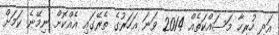
އަދި ހުރިހާ މަސައްކަތެއް 2014 ވަނަ އަހަރުގެ ތެރޭގައި އެއްކޮށް ނިމޭނެ ކަމަށް